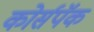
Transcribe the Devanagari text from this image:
कोर्सपॅक